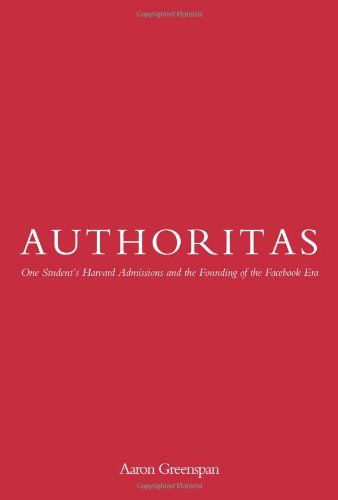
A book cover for Authoritas: One Student's Harvard Admissions and the Founding of the Facebook Era; Aaron Greenspan; Computers & Technology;